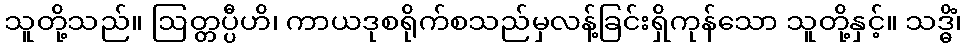
သူတို့သည်။ ဩတ္တပ္ပီဟိ၊ ကာယဒုစရိုက်စသည်မှလန့်ခြင်းရှိကုန်သော သူတို့နှင့်။ သဒ္ဓိံ၊